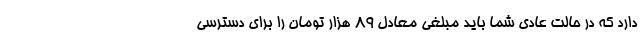
دارد که در حالت عادی شما باید مبلغی معادل ۸۹ هزار تومان را برای دسترسی